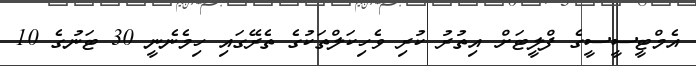
އެމްޓީސީސީގެ ފްލީޓަށް އިތުރު ކުރި ވެހިކަލްތަކުގެ ތެރޭގައި ހިމެނެނީ 30 ޓަނުގެ 10